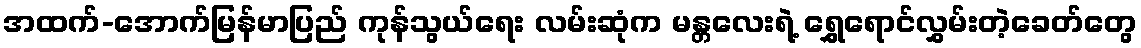
အထက်-အောက်မြန်မာပြည် ကုန်သွယ်ရေး လမ်းဆုံက မန္တလေးရဲ့ ရွှေရောင်လွှမ်းတဲ့ခေတ်တွေ